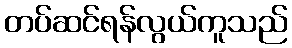
တပ်ဆင်ရန်လွယ်ကူသည်